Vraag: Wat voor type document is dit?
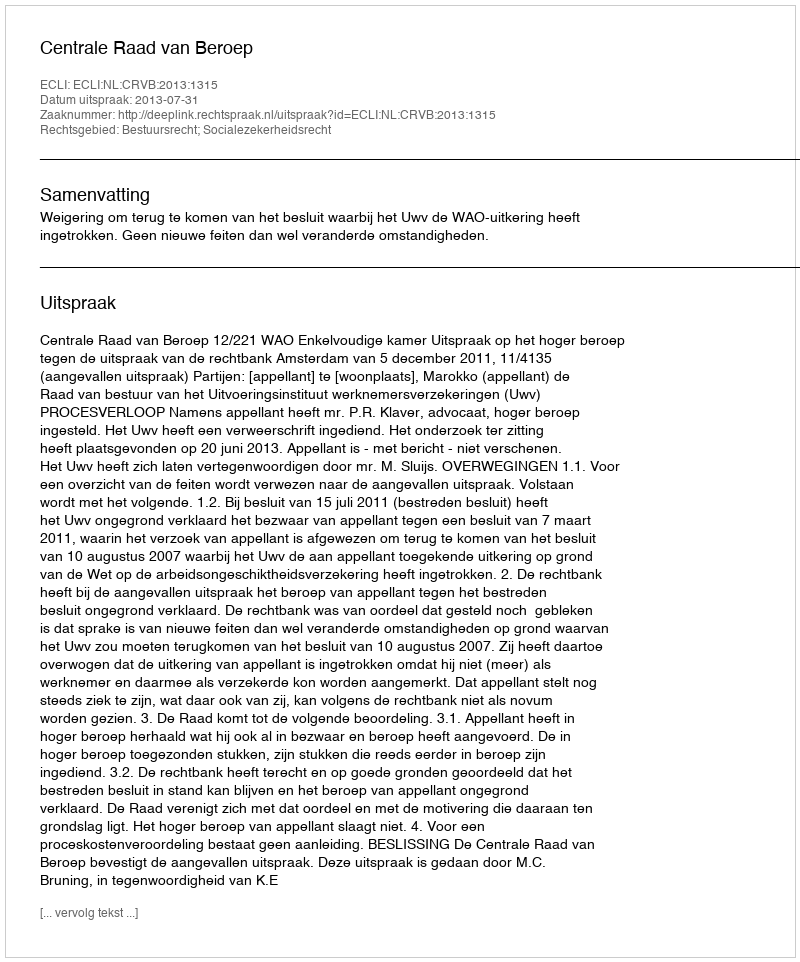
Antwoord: Uitspraak